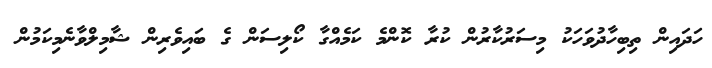
ހަދައިން ތިބިހާދުވަހަކު މިސަރުކާރުން ކުރާ ކޮންމެ ކަމެއްގާ ކޯލިސަން ގެ ބައިވެރިން ޝާމިލްވާނެމިކަމުން